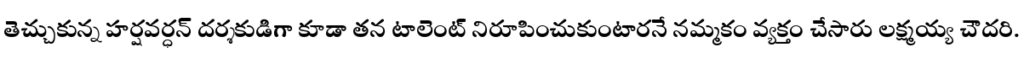
తెచ్చుకున్న హర్షవర్ధన్ దర్శకుడిగా కూడా తన టాలెంట్ నిరూపించుకుంటారనే నమ్మకం వ్యక్తం చేసారు లక్ష్మయ్య చౌదరి.